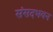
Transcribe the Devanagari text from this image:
संसदभवन